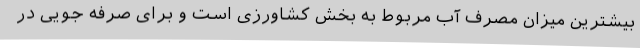
بیشترین میزان مصرف آب مربوط به بخش کشاورزی است و برای صرفه جویی در